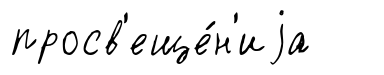
просв'еще́н'иjа